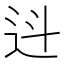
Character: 䢏